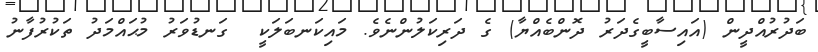
ބަދުރުއްދީން (އައިސާބީގެދަރު ދޮންބެއްޔާ) ގެ ދަރިކަލުންނެވެ. މައިކަނބަލަކީ  ގަނޑުވަރު މުޙައްމަދު ތަކުރުފާނު